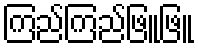
ကြည်ကြည်ဖြူဖြူ